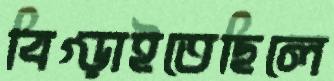
বিগ্‌ড়াইতেছিলে